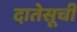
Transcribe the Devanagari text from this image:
दातेसूची